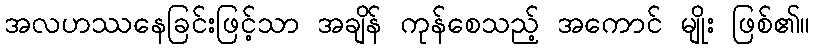
အလဟဿနေခြင်းဖြင့်သာ အချိန် ကုန်စေသည့် အကောင် မျိုး ဖြစ်၏။